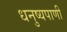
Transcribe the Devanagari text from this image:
धनुष्यपाणी